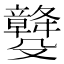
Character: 𣫡